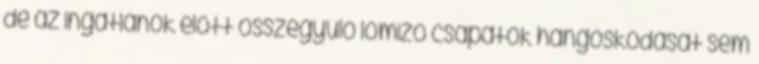
de az ingatlanok előtt összegyűlő lomizó csapatok hangoskodását sem